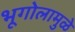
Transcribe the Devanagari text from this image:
भूगोलामुळे